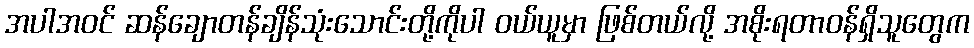
အပါအဝင် ဆန်ချောတန်ချိန်သုံးသောင်းတို့ကိုပါ ဝယ်ယူမှာ ဖြစ်တယ်လို့ အစိုးရတာဝန်ရှိသူတွေက